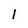
Character: l